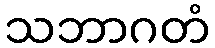
သဘာဂတံ